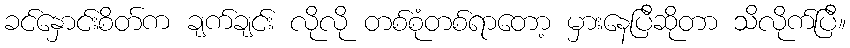
ခင်နှောင်းစိတ်က ချက်ချင်း လိုလို တစ်စုံတစ်ရာတော့ မှားနေပြီဆိုတာ သိလိုက်ပြီ။